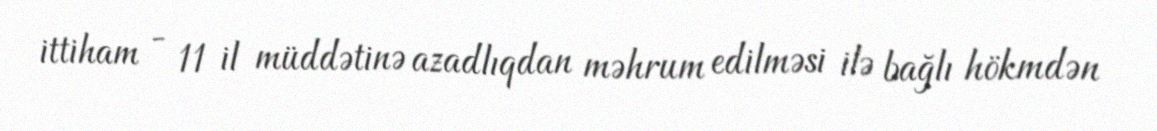
ittiham - 11 il müddətinə azadlıqdan məhrum edilməsi ilə bağlı hökmdən